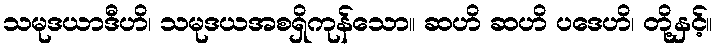
သမုဒယာဒီဟိ၊ သမုဒယအစရှိကုန်သော။ ဆဟိ ဆဟိ ပဒေဟိ၊ တို့နှင့်။